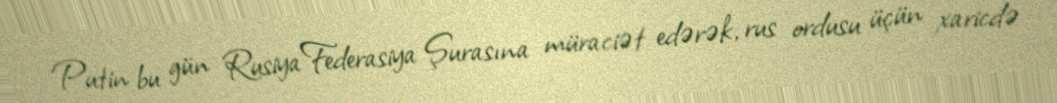
Putin bu gün Rusiya Federasiya Şurasına müraciət edərək, rus ordusu üçün xaricdə